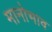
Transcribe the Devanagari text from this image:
मानोभाव